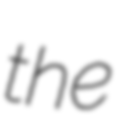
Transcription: the